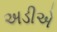
અડીએ